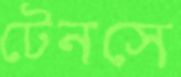
টেনসে